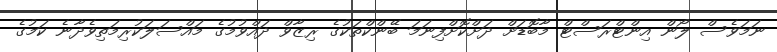
ނަމަވެސް ލޯން އިންޓްރަސްޓް މާބޮޑަށް ދަށްކޮށްފިނަމަ ބޭންކްތަކުގެ ރިޒާވް ދައްވުމުގެ މައްސަލަކުރިމަތިވެދާނެ ކަމުގެ